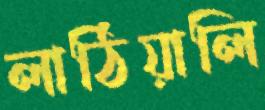
লাঠিয়ালি